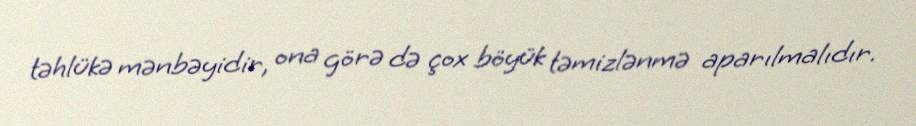
təhlükə mənbəyidir, ona görə də çox böyük təmizlənmə aparılmalıdır.